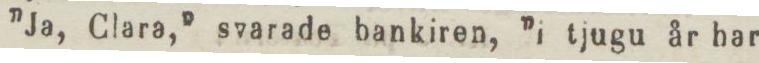
”Ja, Clara,” svarade bankiren, ”i tjugu år bar